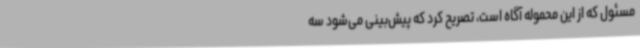
مسئول که از این محموله آگاه است، تصریح کرد که پیش‌بینی می‌شود سه